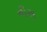
નીસ